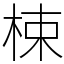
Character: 梀